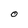
Character: O